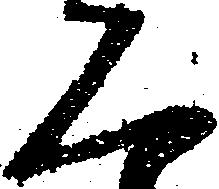
二